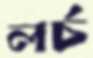
লর্চ